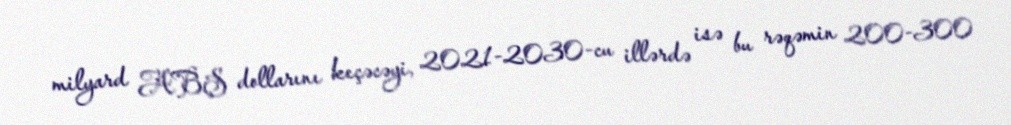
milyard ABŞ dollarını keçəcəyi, 2021-2030-cu illərdə isə bu rəqəmin 200-300